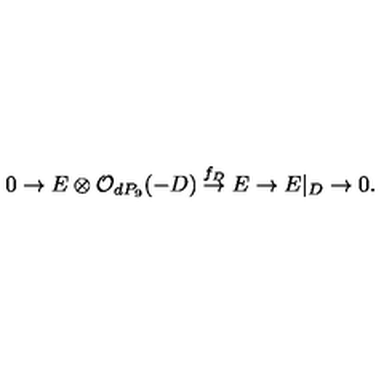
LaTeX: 0 \rightarrow E \otimes { \cal O } _ { d P _ { 9 } } ( - D ) \stackrel { f _ { D } } { \rightarrow } E \rightarrow E | _ { D } \rightarrow 0 .